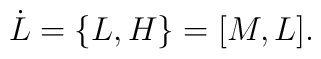
\dot{L}=\{L,H\}=\lbrack M,L\rbrack .